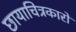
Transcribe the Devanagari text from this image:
छायाचित्रकारों